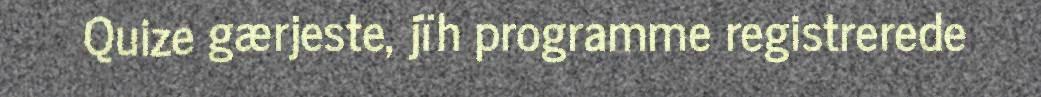
Quize gærjeste, jïh programme registrerede